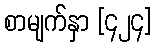
စာမျက်နှာ [၄၂၄]